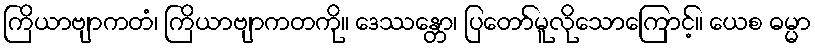
ကြိယာဗျာကတံ၊ ကြိယာဗျာကတကို။ ဒေဿန္တော၊ ပြတော်မူလိုသောကြောင့်။ ယေစ ဓမ္မာ